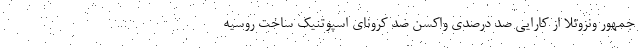
جمهور ونزوئلا از کارایی صد درصدی واکسن ضد کرونای اسپوتنیک ساخت روسیه